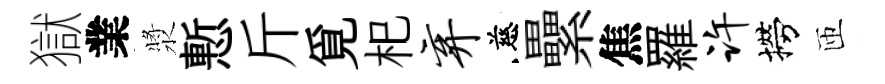
獄業漿慙斤覓𣏌弃慈纍焦羅许撈匝